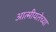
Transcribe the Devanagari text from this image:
आत्मीयतेच्या